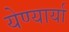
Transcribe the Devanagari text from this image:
येण्यार्या